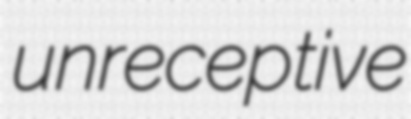
unreceptive